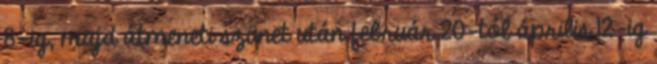
8-ig, majd átmeneti szünet után február 20-tól április 12-ig